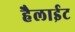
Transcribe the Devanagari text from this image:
हैलाईट